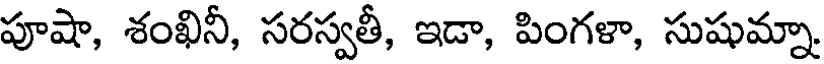
పూషా, శంఖినీ, సరస్వతీ, ఇడా, పింగళా, సుషుమ్నా.